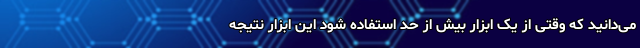
می‌دانید که وقتی از یک ابزار بیش از حد استفاده شود این ابزار نتیجه